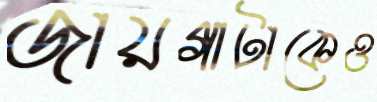
জায়গাটাকেও